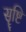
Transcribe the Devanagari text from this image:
सॄष्टि